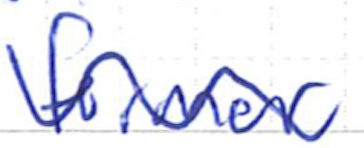
Text: former
Cross-out: mix
Writing tool: ballpoint